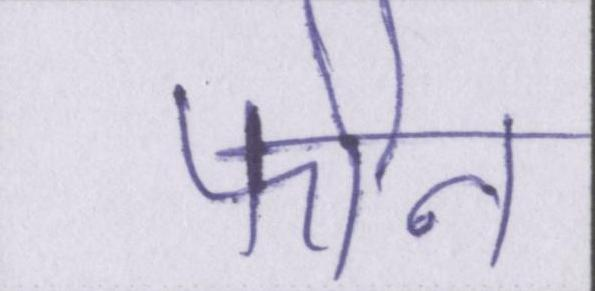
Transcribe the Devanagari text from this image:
फोन